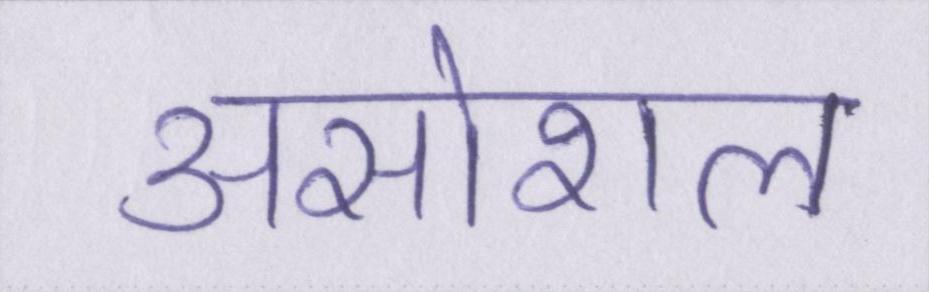
असोशल